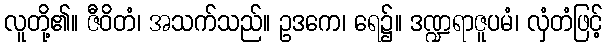
လူတို့၏။ ဇီဝိတံ၊ အသက်သည်။ ဥဒကေ၊ ရေ၌။ ဒဏ္ဍရာဇူပမံ၊ လှံတံဖြင့်